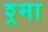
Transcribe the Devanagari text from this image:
श्र्मा